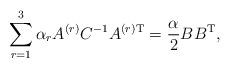
LaTeX: \begin{align*}\sum_{r=1}^3 \alpha_r A^{(r)} C^{-1} A^{(r){\rm T}} = \frac{\alpha}{2} BB^{\rm T},\end{align*}